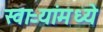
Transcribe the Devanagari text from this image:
स्वाऱ्यांमध्ये